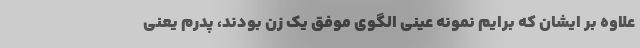
علاوه بر ایشان که برایم نمونه عینی الگوی موفق یک زن بودند، پدرم یعنی